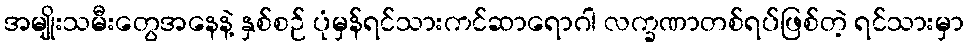
အမျိုးသမီးတွေအနေနဲ့ နှစ်စဉ် ပုံမှန်ရင်သားကင်ဆာရောဂါ လက္ခဏာတစ်ရပ်ဖြစ်တဲ့ ရင်သားမှာ